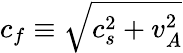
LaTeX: c_{f}\equiv\sqrt{c_{s}^{2}+v_{A}^{2}}